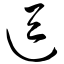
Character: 逗